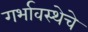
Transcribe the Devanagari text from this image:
गर्भावस्थेचे